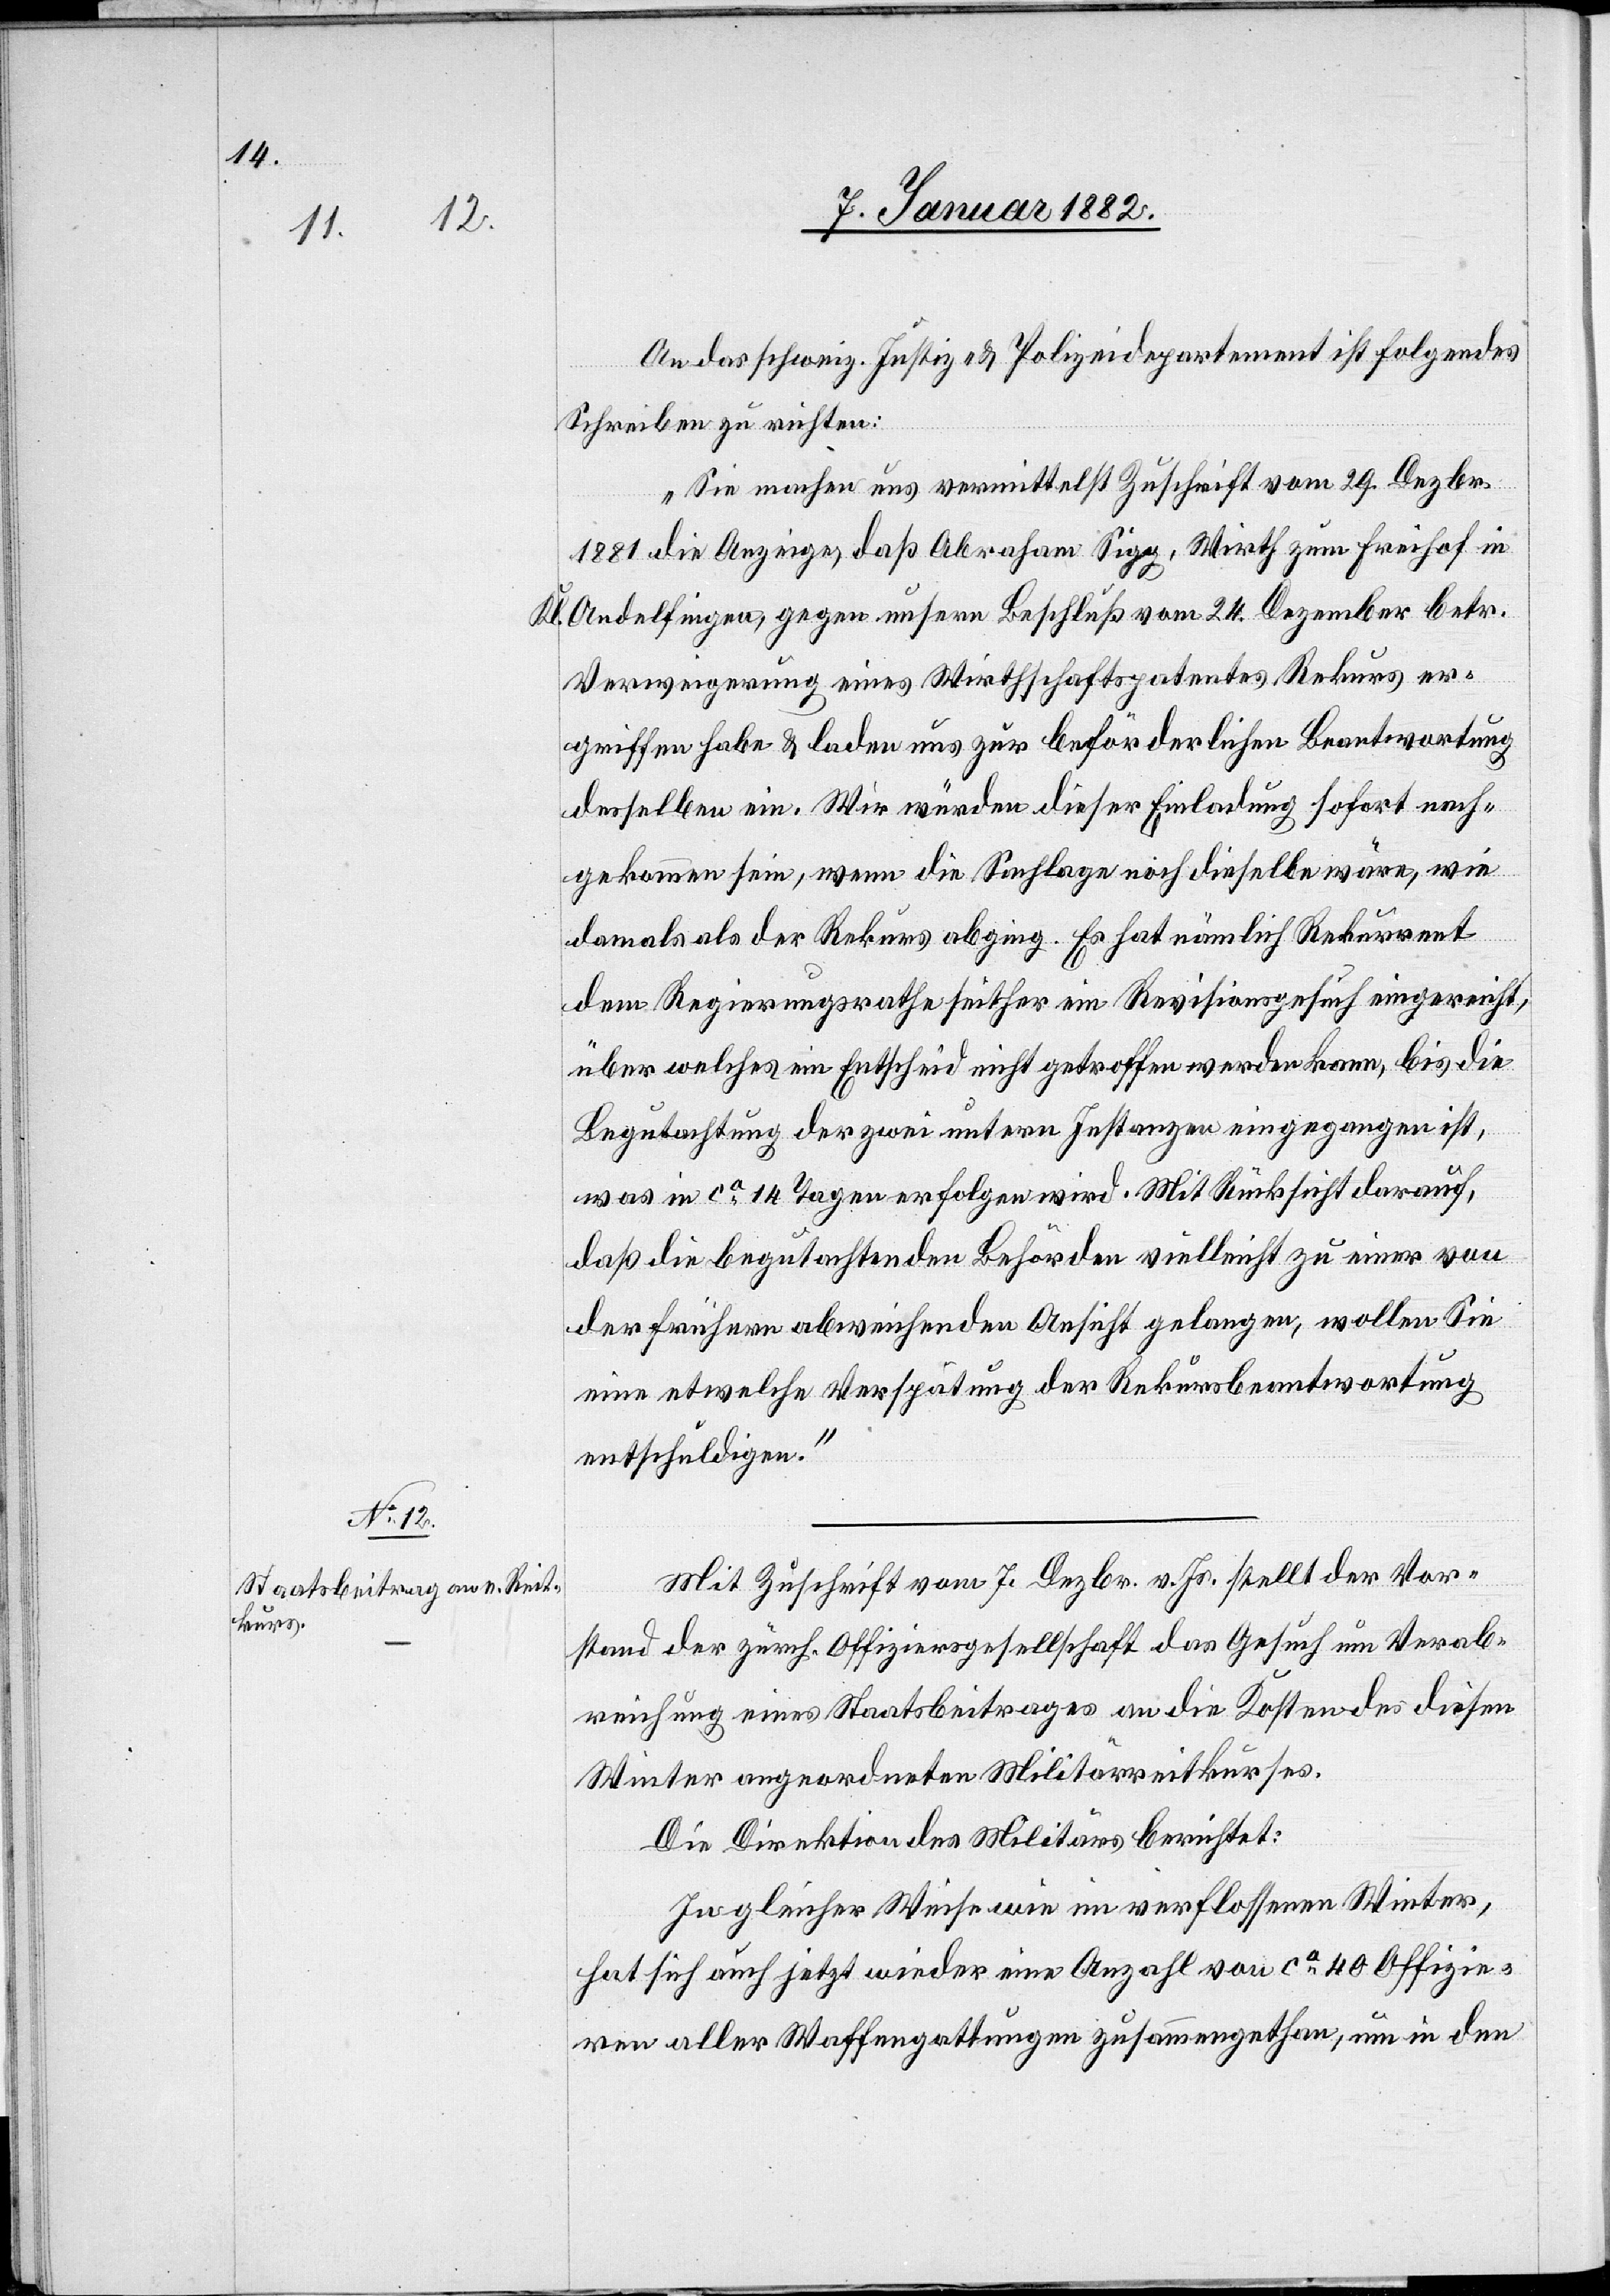
An das schweiz. Justiz- & Polizeidepartment ist folgendes
Schreiben zu richten:
„Sie machen uns vermittelst Zuschrift vom 29. Dezbr.
1881 die Anzeige, daß Abraham Sigg, Wirth zum Freihof in
Kl. Andelfingen, gegen unseren Beschluß vom 24. Dezember betr.
Verweigerung eines Wirthschaftspatentes Rekurs er¬
griffen habe & laden uns zur beförderlichen Beantwortung
desselben ein. Wir würden dieser Einladung sofort nach¬
gekommen sein, wenn die Sachlage noch dieselbe wäre, wie
damals als der Rekurs abging. Es hat nämlich Rekurrent
dem Regierungsrathe seither ein Revisionsgesuch eingereicht,
über welches ein Entscheid nicht getroffen werden kann, bis die
Begutachtung der zwei untern Instanzen eingegangen ist,
was in ca 14 Tagen erfolgen wird. Mit Rücksicht darauf,
daß die begutachtenden Behörden vielleicht zu einer von
der frühern abweichenden Ansicht gelangen, wollen Sie
eine etwelche Verspätung der Rekursbeantwortung
entschuldigen.“
Mit Zuschrift vom 7. Dezbr. v. Js. stellt der Vor¬
stand der zürch. Offiziersgesellschaft das Gesuch um Verab¬
reichung eines Staatsbeitrages an die Kosten des diesen
Winter angeordneten Militärreitkurses.
Die Direktion des Militärs berichtet:
In gleicher Weise wie im verflossenen Winter,
hat sich auch jetzt wieder eine Anzahl von ca 40 Offizie¬
ren aller Waffengattungen zusammengethan, um in den